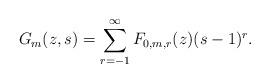
LaTeX: \begin{align*}G_m(z,s) = \sum_{r=-1}^{\infty} F_{0,m,r}(z)(s-1)^r.\end{align*}